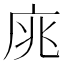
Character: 庣